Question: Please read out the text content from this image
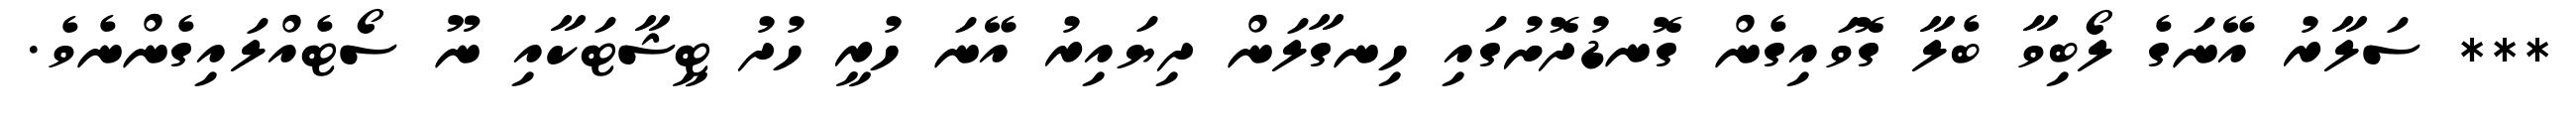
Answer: *** ސަލާރު އޭނަގެ ލޯބިވާ ބެލާ ގޮވައިގެން ގޮނޑުދޮށުގައި ހިނގާލަން ދިޔައިރު އޭނަ ހުރީ ހުދު ޓީޝާޓަކާއި ނޫ ސޯޓެއްލައިގެންނެވެ.